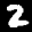
Label: 2